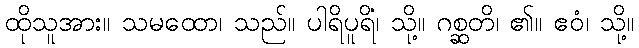
ထိုသူအား။ သမထော၊ သည်။ ပါရိပူရိံ၊ သို့။ ဂစ္ဆတိ၊ ၏။ ဧဝံ၊ သို့။